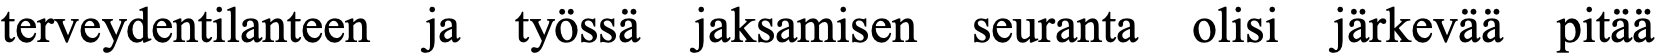
terveydentilanteen ja työssä jaksamisen seuranta olisi järkevää pitää